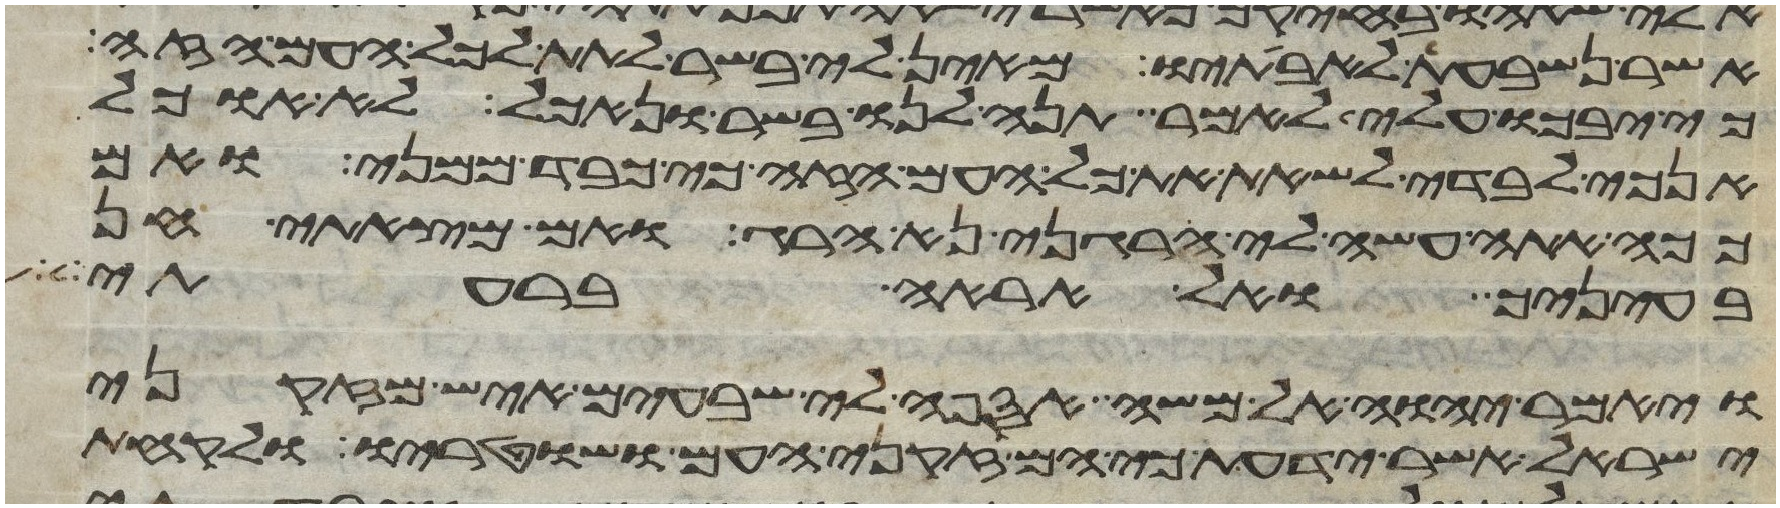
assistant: אשר נשבעת לאבתיו מאין לי בשר לתת לכל העם הזה
כי יבכו עלי לאמר תנה לנו בשר ונאכל לא אוכל
אנכי לבדי לשאת את כל העם הזה כי כבד ממני ואם
ככה אתה עשה לי הרגני נא הרג ואם מצאתי חן
בעיניך ואל אראה ברעתי
ויאמר יהוה אל משה אספה לי שבעים איש מזקני
ישראל אשר ידעת כי הם זקני העם ושוטריו ולקחת